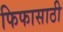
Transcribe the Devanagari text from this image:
फिफासाठी